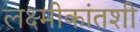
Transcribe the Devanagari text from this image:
लक्ष्मीकांतशी